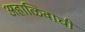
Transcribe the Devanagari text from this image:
अहाळिवाची